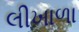
લીખાળા